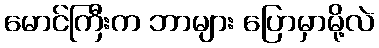
မောင်ကြီးက ဘာများ ပြောမှာမို့လဲ